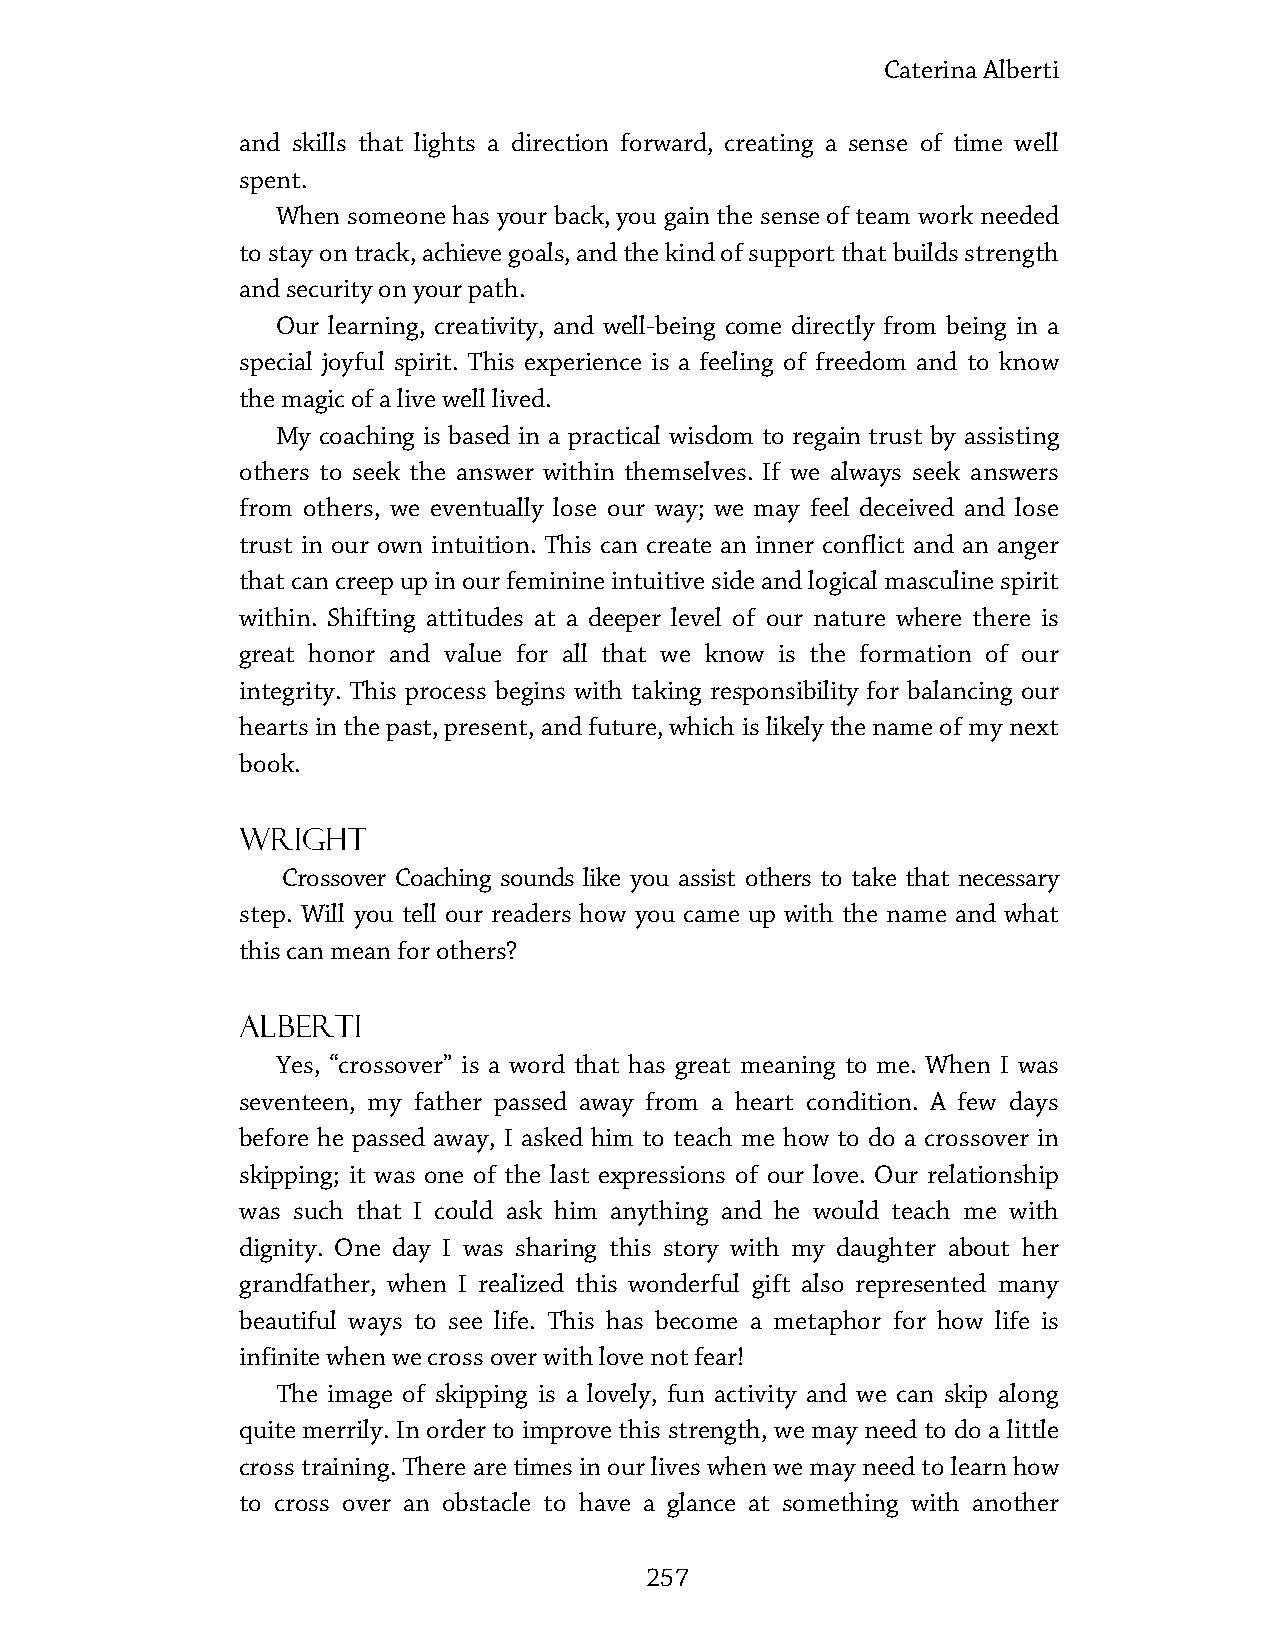
Caterina Alberti
 and skills that lights a direction forward, creating a sense of time well
 spent.
 When someone has your back, you gain the sense of team work needed
 to stay on track, achieve goals, and the kind of support that builds strength
 and security on your path.
 Our learning, creativity, and well-being come directly from being in a
 special joyful spirit. This experience is a feeling of freedom and to know
 the magic of a live well lived.
 My coaching is based in a practical wisdom to regain trust by assisting
 others to seek the answer within themselves. If we always seek answers
 from others, we eventually lose our way; we may feel deceived and lose
 trust in our own intuition. This can create an inner conflict and an anger
 that can creep up in our feminine intuitive side and logical masculine spirit
 within. Shifting attitudes at a deeper level of our nature where there is
 great honor and value for all that we know is the formation of our
 integrity. This process begins with taking responsibility for balancing our
 hearts in the past, present, and future, which is likely the name of my next
 book.
 Wright
 Crossover Coaching sounds like you assist others to take that necessary
 step. Will you tell our readers how you came up with the name and what
 this can mean for others?
 Alberti
 Yes, “crossover” is a word that has great meaning to me. When I was
 seventeen, my father passed away from a heart condition. A few days
 before he passed away, I asked him to teach me how to do a crossover in
 skipping; it was one of the last expressions of our love. Our relationship
 was such that I could ask him anything and he would teach me with
 dignity. One day I was sharing this story with my daughter about her
 grandfather, when I realized this wonderful gift also represented many
 beautiful ways to see life. This has become a metaphor for how life is
 infinite when we cross over with love not fear!
 The image of skipping is a lovely, fun activity and we can skip along
 quite merrily. In order to improve this strength, we may need to do a little
 cross training. There are times in our lives when we may need to learn how
 to cross over an obstacle to have a glance at something with another
 257